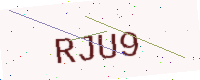
Text: RJU9